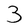
Character: 3